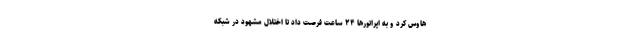
هاوس کرد و به اپراتورها ۲۴ ساعت فرصت داد تا اختلال مشهود در شبکه